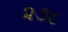
૨૭૮